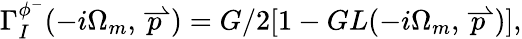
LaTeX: \Gamma_{I}^{\phi^{-}}(-i\Omega_{m},\stackrel{\rightharpoonup}{p})=G/2[1-GL(-i\Omega_{m},\stackrel{\rightharpoonup}{p})],